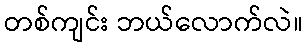
တစ်ကျင်း ဘယ်လောက်လဲ။